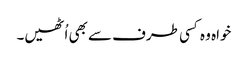
خواہ وہ کسی طرف سے بھی اُٹھیں۔